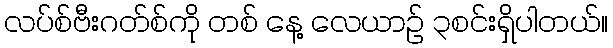
လပ်စ်ဗီးဂတ်စ်ကို တစ် နေ့ လေယာဉ် ၃စင်းရှိပါတယ်။